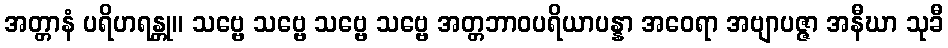
အတ္တာနံ ပရိဟရန္တု။ သဗ္ဗေ သဗ္ဗေ သဗ္ဗေ သဗ္ဗေ အတ္တဘာဝပရိယာပန္နာ အဝေရာ အဗျာပဇ္ဇာ အနီဃာ သုခီ